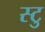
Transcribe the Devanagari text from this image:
स्टु